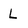
Character: L